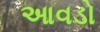
આવડો